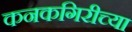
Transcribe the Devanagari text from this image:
कनकगिरीच्या